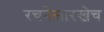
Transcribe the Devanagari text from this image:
रचनेसारखेच